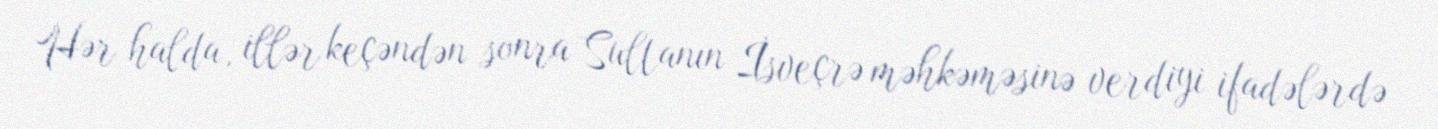
Hər halda, illər keçəndən sonra Sultanın İsveçrə məhkəməsinə verdiyi ifadələrdə